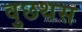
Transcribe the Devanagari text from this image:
वुछथस